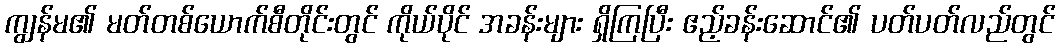
ကျွန်မ၏ မတ်တစ်ယောက်စီတိုင်းတွင် ကိုယ်ပိုင် အခန်းများ ရှိကြပြီး ဧည့်ခန်းဆောင်၏ ပတ်ပတ်လည်တွင်